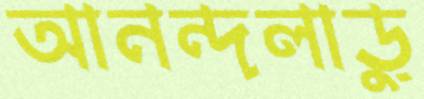
আনন্দলাড়ু